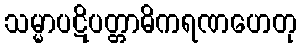
သမ္မာပဋိပတ္တာဓိကရဏဟေတု